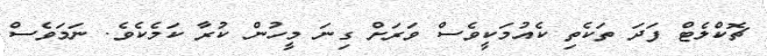
ޗޮކްލެޓް ފަދަ ތަކެތި ކެއުމަކީވެސް ވަރަށް ގިނަ މީހުން ކުރާ ކަމެކެވެ. ނަމަވެސް